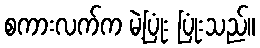
စကားလက်က မဲ့ပြုံး ပြုံးသည်။